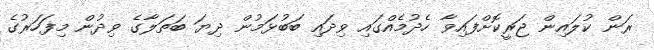
ރަން ކުލައިން ޖަރީކޮށްފައިވާ ހެދުމެއްގައި ވިދައި ބަބުޅަމުން ދިޔަ ބަތަލާގެ ވިދުން މިފަހަރުގެ